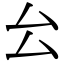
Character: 㕕